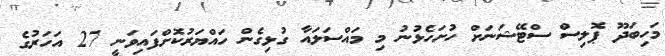
މަހިބަދޫ ޕޮލިސް ސްޓޭޝަނަށް ހުށަހެޅުނު މި މައްސަލައާ ގުޅިގެން ހައްޔަރުކޮށްފައިވަނީ 27 އަހަރުގެ